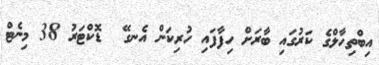
އިބްތިހާލްގެ ކަރުގައި ބާރަށް ހިފާފައި ހުރިކަން އެނގޭ  ޑޮކްޓަރު 38 މިނެޓް